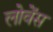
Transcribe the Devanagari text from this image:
लोवेंस